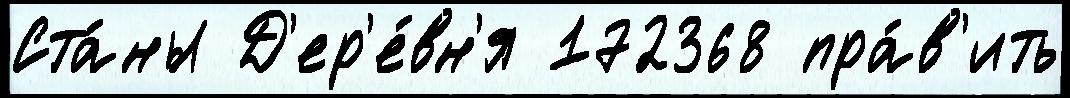
Ста́ны Д'ер'е́вн'я 172368 пра́в'ить